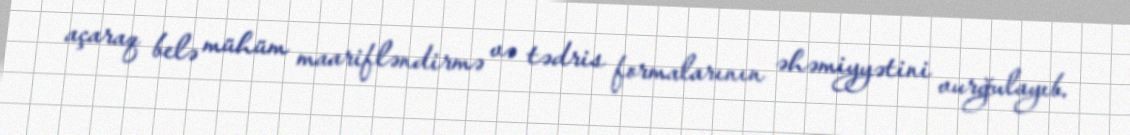
açaraq belə mühüm maarifləndirmə və tədris formalarının əhəmiyyətini vurğulayıb.